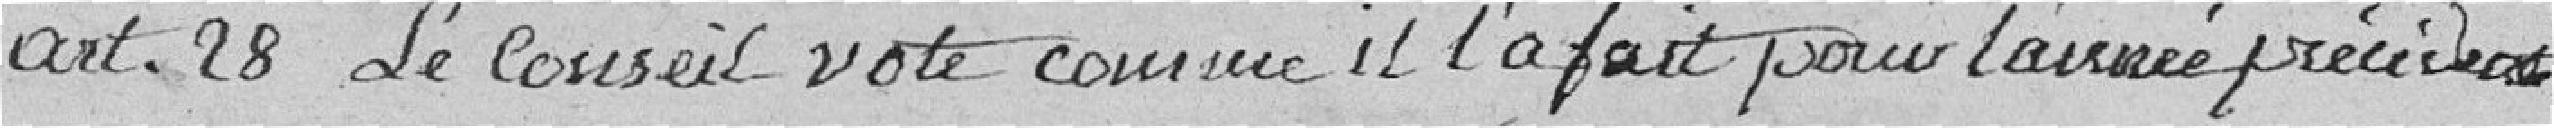
Art. 28 le Conseil vote comme il l'a fait pour l'année précédente